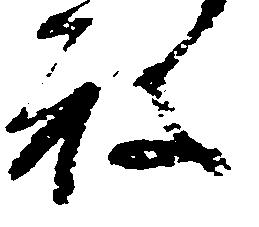
ね